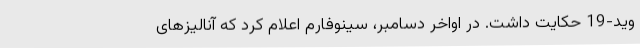
وید-19 حکایت داشت. در اواخر دسامبر، سینوفارم اعلام کرد که آنالیزهای